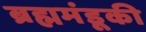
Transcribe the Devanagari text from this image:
ब्रह्ममंडूकी